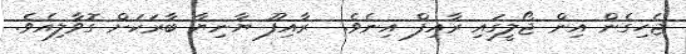
ޖެހިގެން އިން ޖޯލީގައި ރާއިފް އިނެވެ.  ރާއިފޫ ޔާނިޔާ ބާރަކަށް ގޮވާލިއެވެ.